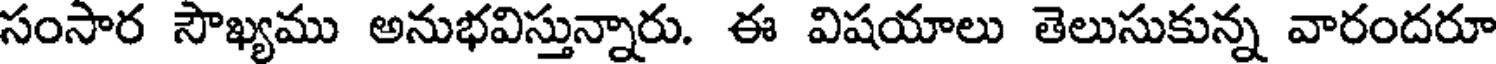
సంసార సౌఖ్యము అనుభవిస్తున్నారు. ఈ విషయాలు తెలుసుకున్న వారందరూ